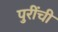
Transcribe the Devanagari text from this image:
पुरींची